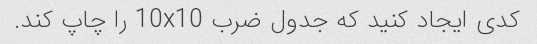
کدی ایجاد کنید که جدول ضرب 10x10 را چاپ کند.